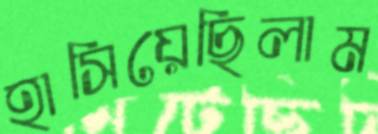
হাসিয়েছিলাম